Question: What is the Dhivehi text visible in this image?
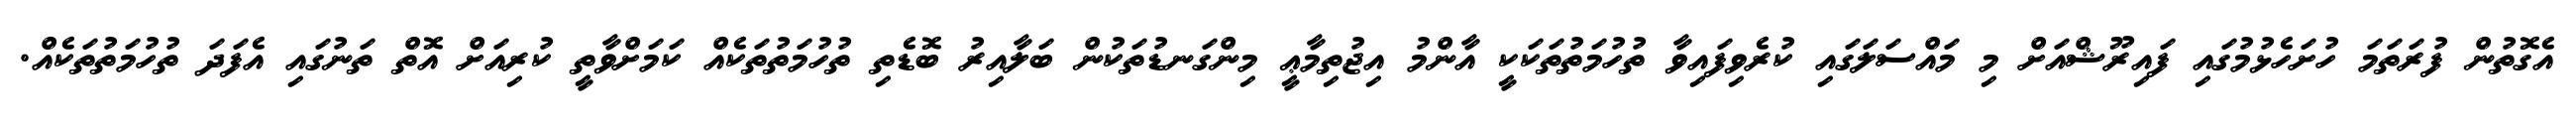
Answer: އެގޮތުން ފުރަތަމަ ހުށަހެޅުމުގައި ފައިރޫޝްއަށް މި މައްސަލަގައި ކުރެވިފައިވާ ތުހުމަތުތަކަކީ އާންމު އިޖުތިމާޢީ މިންގަނޑުތަކުން ބަލާއިރު ބޮޑެތި ތުހުމަތުތަކެއް ކަމަށްވާތީ ކުރިއަށް އޮތް ތަނުގައި އެފަދަ ތުހުމަތުތަކެއް.